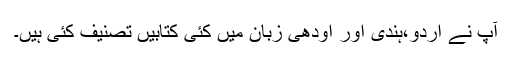
آپ نے اردو،ہندی اور اودھی زبان میں کئی کتابیں تصنیف کئی ہیں۔